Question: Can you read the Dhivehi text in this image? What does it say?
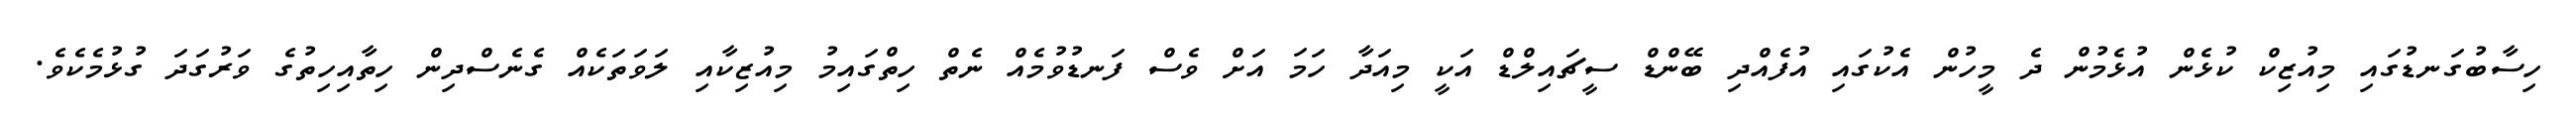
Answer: ހިސާބުގަނޑުގައި މިއުޒިކް ކުޅެން އުޅެމުން ދެ މީހުން އެކުގައި އުފެއްދި ބޭންޑް ސީޗައިލްޑް އަކީ މިއަދާ ހަމަ އަށް ވެސް ފަނޑުވުމެއް ނެތް ހިތްގައިމު މިއުޒިކާއި ލަވަތަކެއް ގެނެސްދިން ހިތާއިހިތުގެ ވަރުގަދަ ގުޅުމެކެވެ.